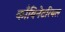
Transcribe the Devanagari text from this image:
काँबिनेटरियल